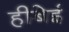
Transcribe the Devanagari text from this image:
हीबेई